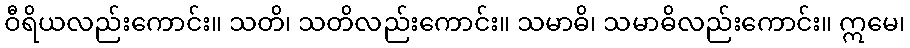
ဝီရိယလည်းကောင်း။ သတိ၊ သတိလည်းကောင်း။ သမာဓိ၊ သမာဓိလည်းကောင်း။ ဣမေ၊